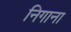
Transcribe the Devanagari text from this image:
निगाना